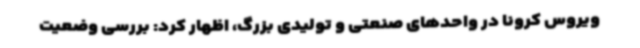
ویروس کرونا در واحدهای صنعتی و تولیدی بزرگ، اظهار کرد: بررسی وضعیت